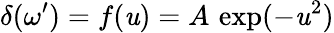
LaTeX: \delta(\omega^{\prime})=f(\mathit{u})=A\, \exp(-\mathit{u}^{2})